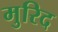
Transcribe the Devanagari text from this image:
मुरिद